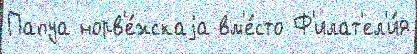
Папуа норв'е́жскаjа вм'е́сто Ф'илат'ел'и́я